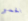
الحمر